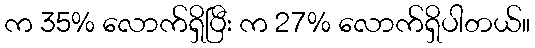
က 35% လောက်ရှိပြီး က 27% လောက်ရှိပါတယ်။